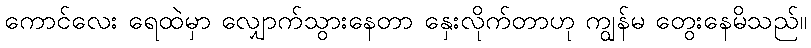
ကောင်လေး ရေထဲမှာ လျှောက်သွားနေတာ နှေးလိုက်တာဟု ကျွန်မ တွေးနေမိသည်။